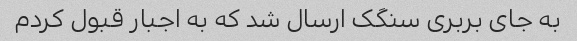
به جای بربری سنگک ارسال شد که به اجبار قبول کردم